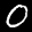
Label: 0